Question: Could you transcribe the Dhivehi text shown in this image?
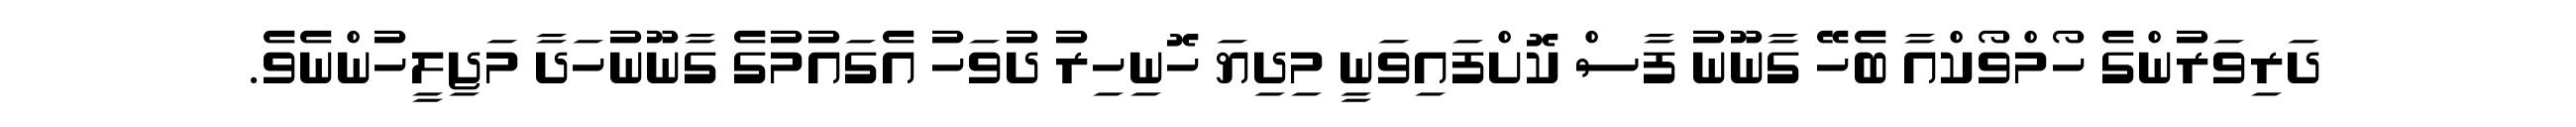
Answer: ދަރިވަރުންގެ ހޯމްވޯކްއާ ބެހޭ ގާނޫނު ފާސް ކޮށްފައިވަނީ މިދިޔަ ހޮނިހިރު ދުވަހު އެގައުމުގެ ގާނޫނުހަދާ މަޖިލީހުންނެވެ.